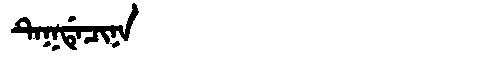
Manchu: ᡨᡝᡴᡩᡝᠴᡳᠨᠠ
Romanization: TEKDECINA